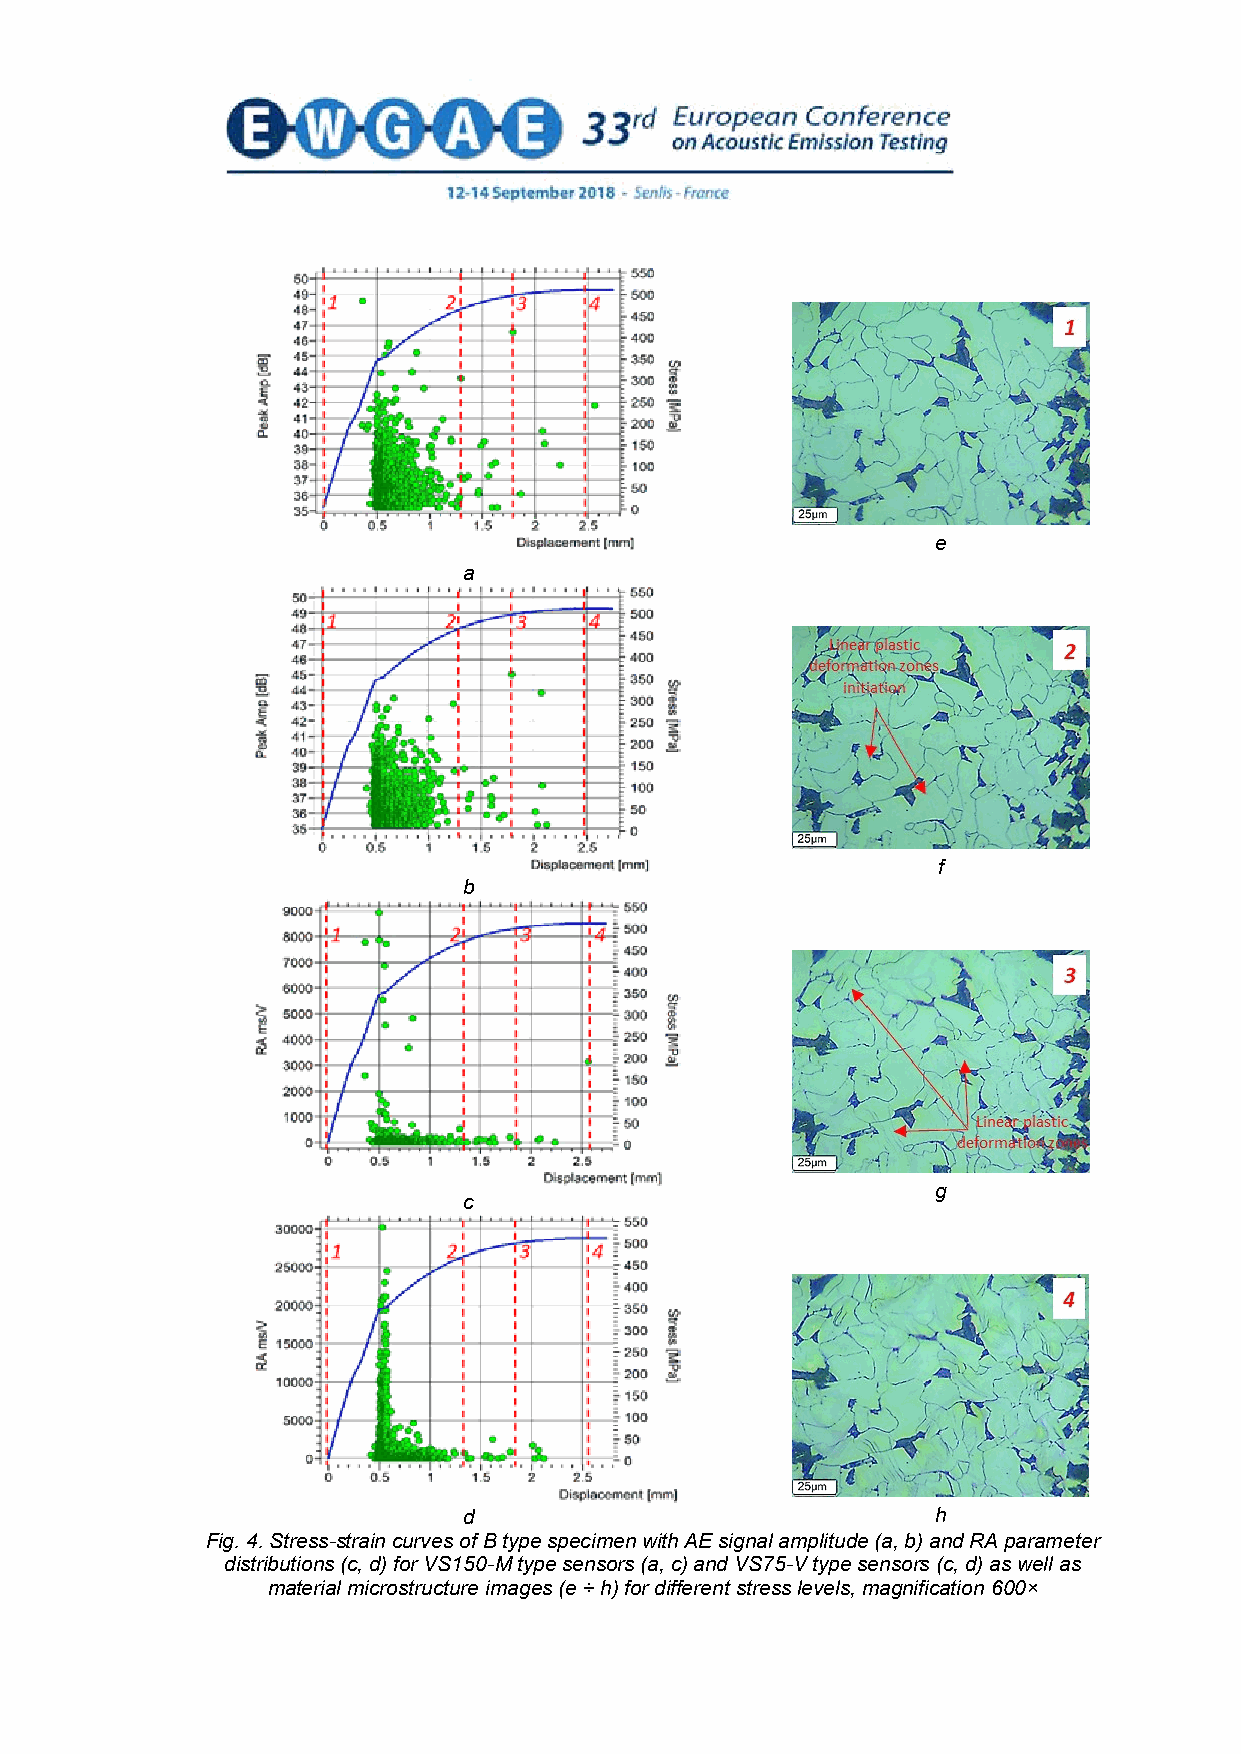
e
 a
 f
 b
 g
 c
 d                              h
 Fig. 4. Stress-strain curves of B type specimen with AE signal amplitude (a, b) and RA parameter
 distributions (c, d) for VS150-M type sensors (a, c) and VS75-V type sensors (c, d) as well as
 material microstructure images (e ÷ h) for different stress levels, magnification 600×
 6